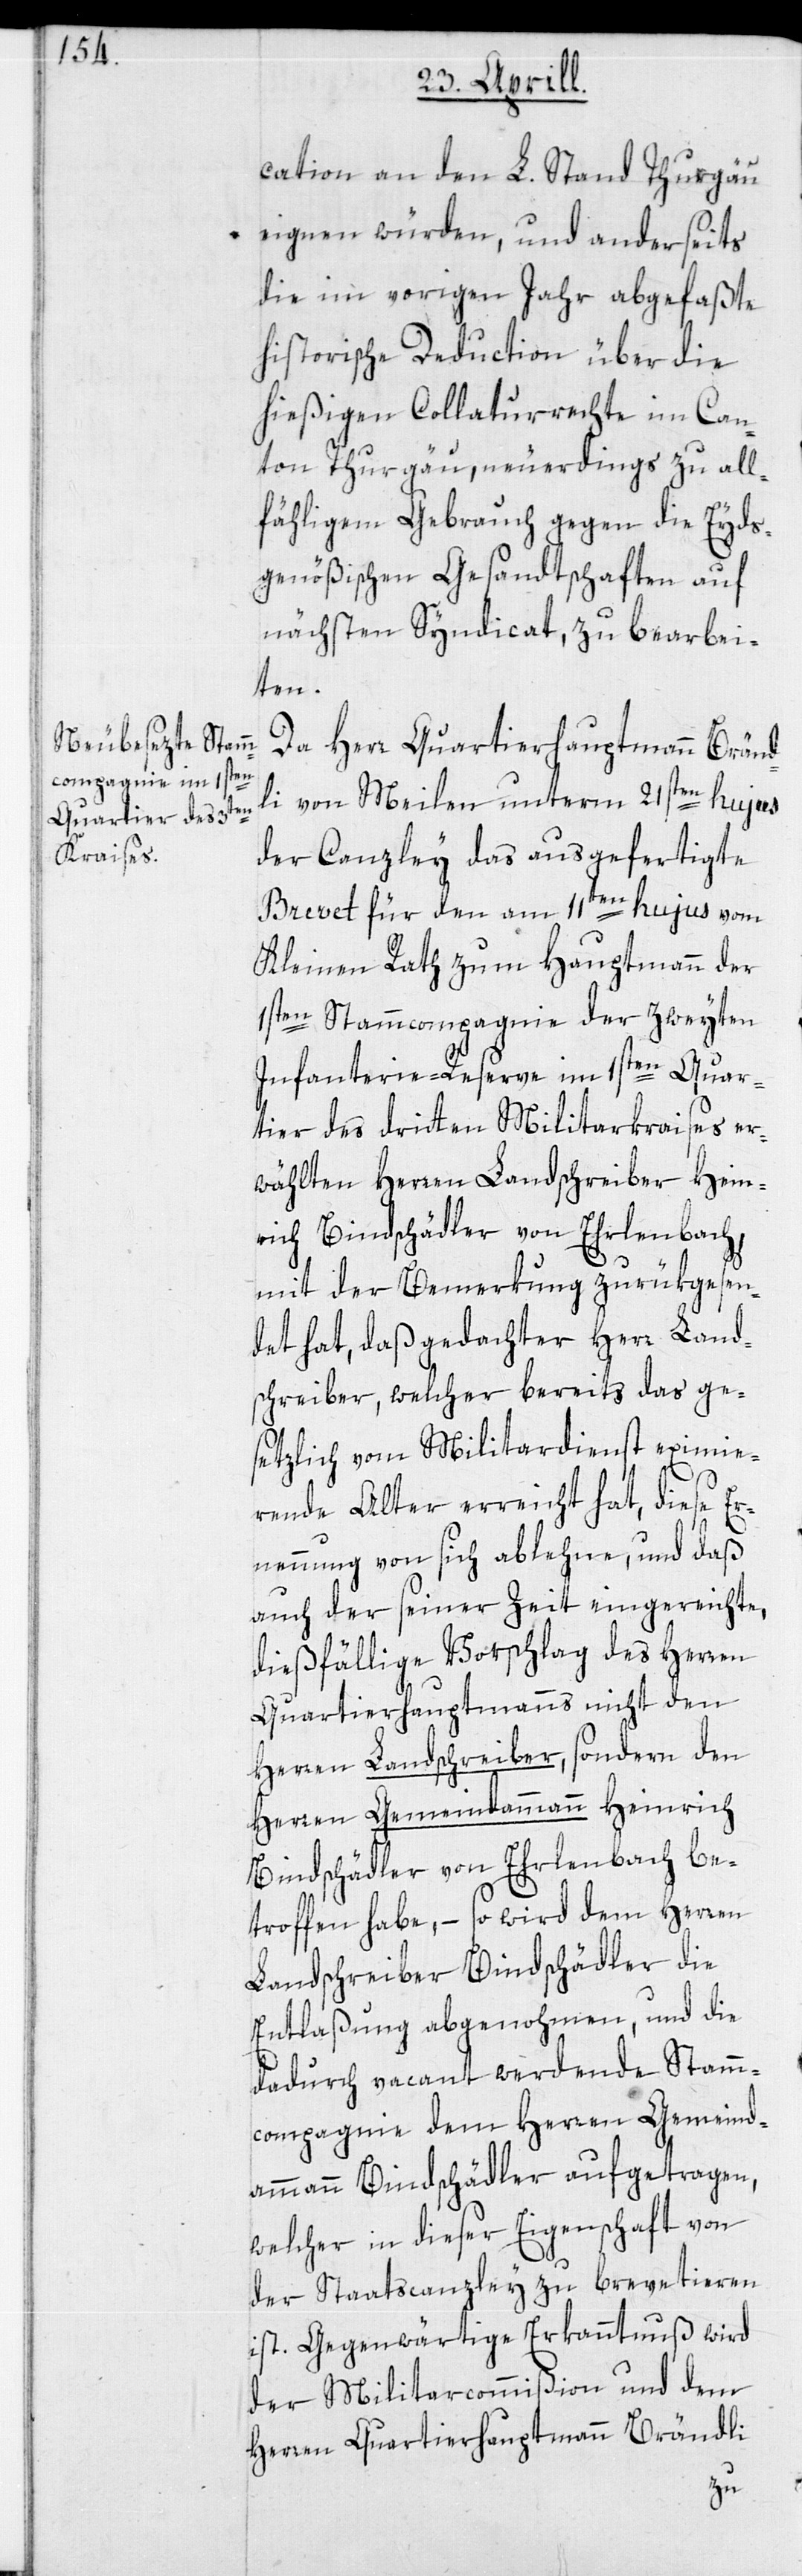
cation an den L. Stand Thurgau
eignen würden, und anderseits
die im vorigen Jahr abgefaßte
historische Deduction über die
hießigen Collaturrechte im Can¬
ton Thurgau, neuerdings zu all¬
fähligem Gebrauch gegen die Eyds¬
genößischen Gesandtschaften auf
nächsten Syndicat, zu bearbei¬
ten.
Da Herr Quartierhauptmann Bränd¬
li von Meilen unterm 21sten hujus
der Canzley das ausgefertigte
Brevet für den am 11ten hujus vom
Kleinen Rath zum Hauptmann der
1sten Stammcompagnie der zweyten
Infanterie-Reserve im 1sten Quar¬
tier des dritten Militarkraises er¬
wählten Herren Landschreiber Hein¬
rich Bindschädler von Ehrlenbach,
mit der Bemerkung zurükgesen¬
det hat, daß gedachter Herr Land¬
schreiber, welcher bereits das ge¬
setzlich vom Militardienst eximie¬
rende Alter erreicht hat, diese Er¬
nennung von sich ablehne, und daß
auch der seiner Zeit eingereichte,
dießfällige Vorschlag des Herren
Quartierhauptmanns nicht den
Herren Landschreiber, sondern den
Herren Gemeindammann Heinrich
Bindschädler von Ehrlenbach be¬
troffen habe, – so wird dem Herren
Landschreiber Bindschädler die
Entlaßung abgenohmen, und die
dadurch vacant werdende Stamm¬
compagnie dem Herren Gemeind¬
ammann Bindschädler aufgetragen,
welcher in dieser Eigenschaft von
der Staatscanzley zu brevetieren
ist. Gegenwärtige Erkanntnuß wird
der Militarcommißion und dem
Herren Quartierhauptmann Brändli